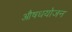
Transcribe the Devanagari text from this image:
औषधयोजन